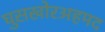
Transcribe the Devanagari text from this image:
घुसखोरअहमद